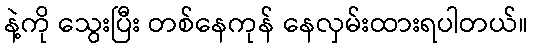
နဲ့ကို သွေးပြီး တစ်နေကုန် နေလှမ်းထားရပါတယ်။